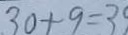
3 0 + 9 = 3